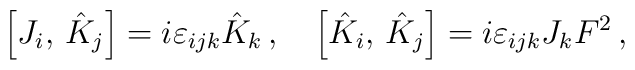
\left[  J_{i},\, \hat K_{j}\right]=i\varepsilon _{ijk}{\hat K}_{k}\,, \quad\left[ {\hat K}_{i},\, {\hat K}_{j}\right]=i\varepsilon _{ijk} J_{k} F^{2}\,,